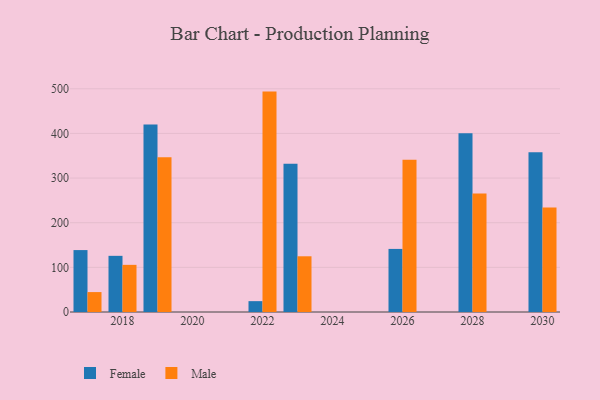
{"axis": {"x": "Year", "y": "Demand Index"}, "legend": ["Female", "Male"], "data": [{"x": "2030", "y": 358.0, "type": "Female"}, {"x": "2030", "y": 233.9, "type": "Male"}, {"x": "2017", "y": 138.7, "type": "Female"}, {"x": "2017", "y": 44.6, "type": "Male"}, {"x": "2023", "y": 332.3, "type": "Female"}, {"x": "2023", "y": 124.8, "type": "Male"}, {"x": "2026", "y": 141.3, "type": "Female"}, {"x": "2026", "y": 340.9, "type": "Male"}, {"x": "2019", "y": 419.8, "type": "Female"}, {"x": "2019", "y": 346.7, "type": "Male"}, {"x": "2028", "y": 400.3, "type": "Female"}, {"x": "2028", "y": 265.6, "type": "Male"}, {"x": "2022", "y": 24.3, "type": "Female"}, {"x": "2022", "y": 493.7, "type": "Male"}, {"x": "2018", "y": 125.8, "type": "Female"}, {"x": "2018", "y": 105.6, "type": "Male"}]}